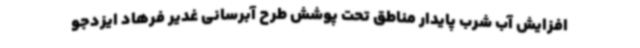
افزایش آب شرب پایدار مناطق تحت پوشش طرح آبرسانی غدیر فرهاد ایزدجو